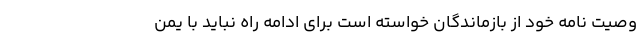
وصیت نامه خود از بازماندگان خواسته است برای ادامه راه نباید با یمن